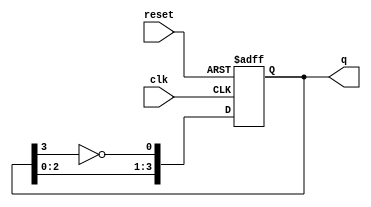
module johnson_counter #(
    parameter N = 4  // Number of flip-flops
)(
    input wire clk,      // Clock input
    input wire reset,    // Asynchronous reset input
    output reg [N-1:0] q // Counter output
);

// Internal signal for the feedback from the last flip-flop
wire feedback;

// Invert the output of the last flip-flop to use as feedback
assign feedback = ~q[N-1];

always @(posedge clk or posedge reset) begin
    if (reset) begin
        // Asynchronous reset to initial state
        q <= 0;
    end else begin
        // Shift the states and feed back the inverted last output
        q <= {q[N-2:0], feedback};
    end
end

endmodule